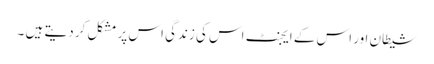
شیطان اور اس کے ایجنٹ اس کی زندگی اس پر مشکل کر دیتے ہیں ۔